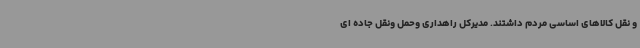
و نقل کالاهای اساسی مردم داشتند. مدیرکل راهداری وحمل ونقل جاده ای